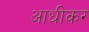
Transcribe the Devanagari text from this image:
आधीकर